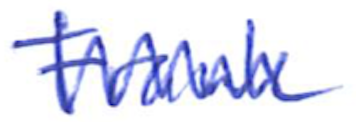
Text: Frank
Cross-out: zig-zag
Writing tool: ballpoint